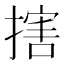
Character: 搳